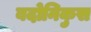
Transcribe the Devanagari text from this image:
बदोनिकुस